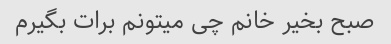
صبح بخیر خانم چی میتونم برات بگیرم